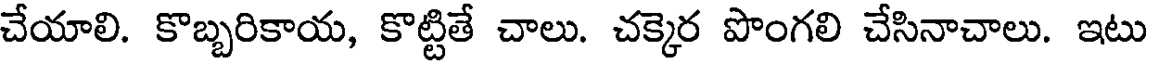
చేయాలి. కొబ్బరికాయ, కొట్టితే చాలు. చక్కెర పొంగలి చేసినాచాలు. ఇటు